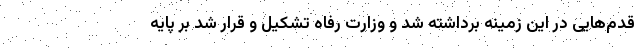
قدم‌هایی در این زمینه برداشته شد و وزارت رفاه تشکیل و قرار شد بر پایه